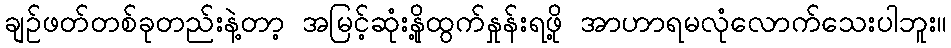
ချဉ်ဖတ်တစ်ခုတည်းနဲ့တာ့ အမြင့်ဆုံးနို့ထွက်နှုန်းရဖို့ အာဟာရမလုံလောက်သေးပါဘူး။